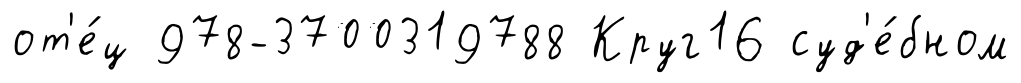
от'е́ц 978-3700319788 Круг16 суд'е́бном